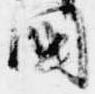
国